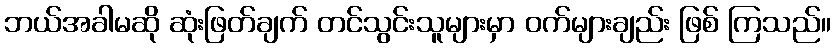
ဘယ်အခါမဆို ဆုံးဖြတ်ချက် တင်သွင်းသူများမှာ ဝက်များချည်း ဖြစ် ကြသည်။